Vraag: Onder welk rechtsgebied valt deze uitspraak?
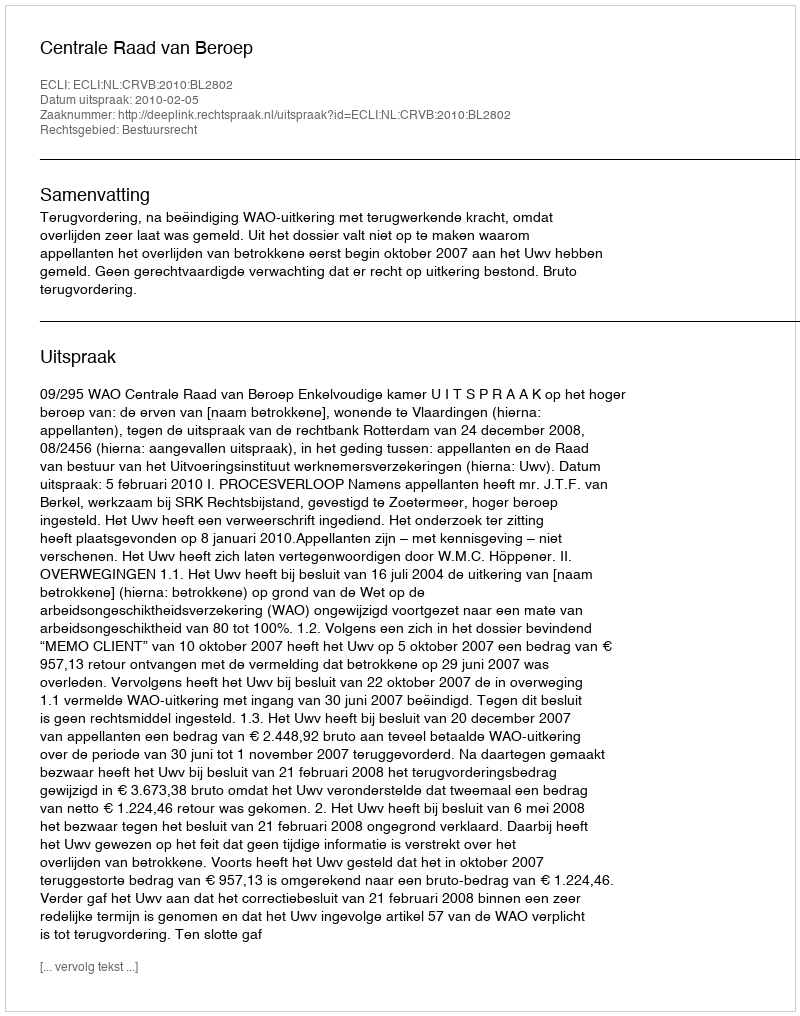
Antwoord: Bestuursrecht